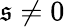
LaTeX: \mathfrak{s}\neq0